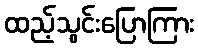
ထည့်သွင်းပြောကြား